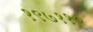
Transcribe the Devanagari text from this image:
१९७११०